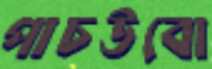
পাচউবো